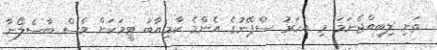
ތަށި ލިބިއްޖެނަމަ މި އަހަރު ސްޕޭނުގެ އެންމެ ކާމިޔާބު ޓީމަކަށް ވެސް ބާސެލޯނާ